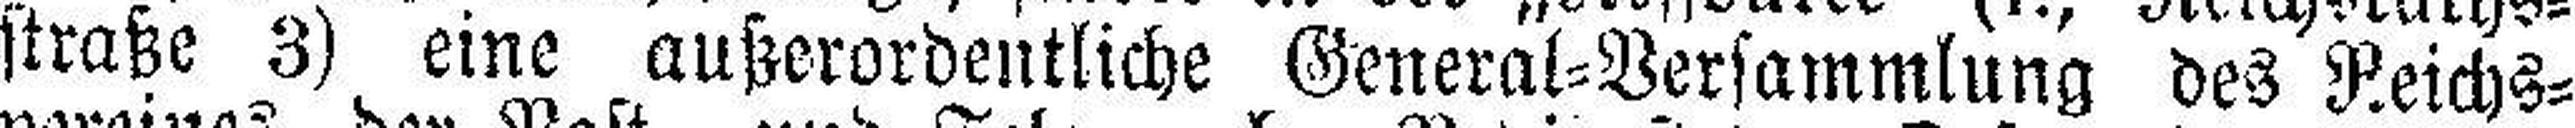
straße 3) eine außerordentliche General=Versammlung des Reichs¬